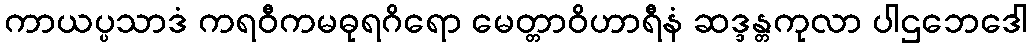
ကာယပ္ပသာဒံ ကရဝီကမဓုရဂိရော မေတ္တာဝိဟာရီနံ ဆဒ္ဒန္တကုလာ ပါဌဘေဒေါ